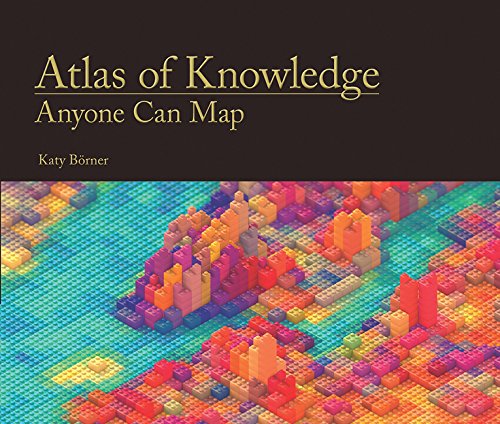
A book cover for Atlas of Knowledge: Anyone Can Map; Katy BÃ¶rner; Science & Math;